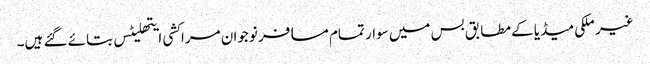
غیر ملکی میڈیا کے مطابق بس میں سوار تمام مسافر نوجوان مراکشی ایتھلیٹس بتائے گئے ہیں۔